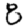
Digit: 8